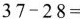
$$37-28=$$